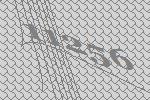
11256